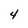
Character: 4